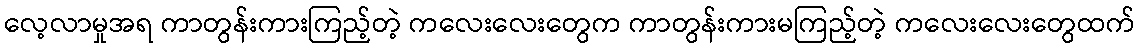
လေ့လာမှုအရ ကာတွန်းကားကြည့်တဲ့ ကလေးလေးတွေက ကာတွန်းကားမကြည့်တဲ့ ကလေးလေးတွေထက်